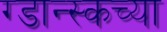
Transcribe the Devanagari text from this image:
ग्डान्स्कच्या